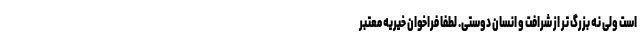
است ولی نه بزرگ تر از شرافت و انسان دوستی. لطفا فراخوان خیریه معتبر